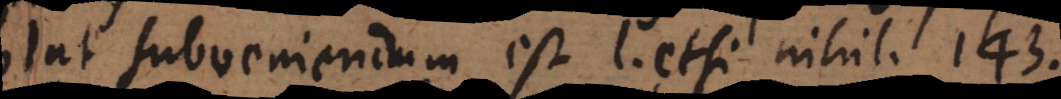
lat subveniendum est, l. etsi nihil. [183.]